Source: Handwritten
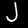
Digit: ၂ (2)